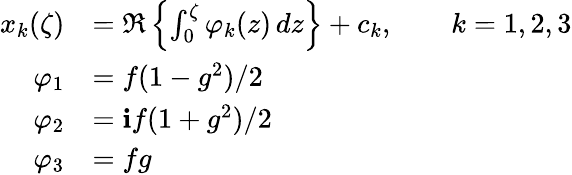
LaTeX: {\begin{array}{rl}{x_{k}(\zeta)}&{=\Re\left\{ \int_{0}^{\zeta}\varphi_{k}(z)\, dz\right\} +c_{k},\qquad k=1,2,3}\\ {\varphi_{1}}&{=f(1-g^{2})/2}\\ {\varphi_{2}}&{=\mathbf{i}f(1+g^{2})/2}\\ {\varphi_{3}}&{=fg}\end{array}}